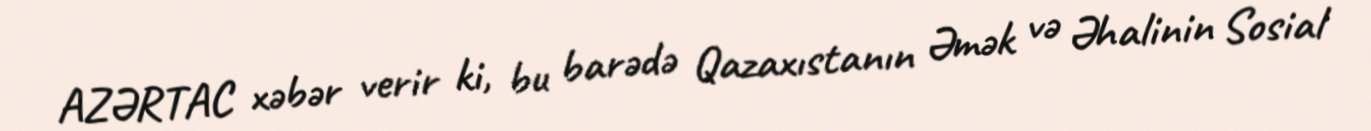
AZƏRTAC xəbər verir ki, bu barədə Qazaxıstanın Əmək və Əhalinin Sosial